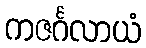
ကဇင်္ဂလာယံ